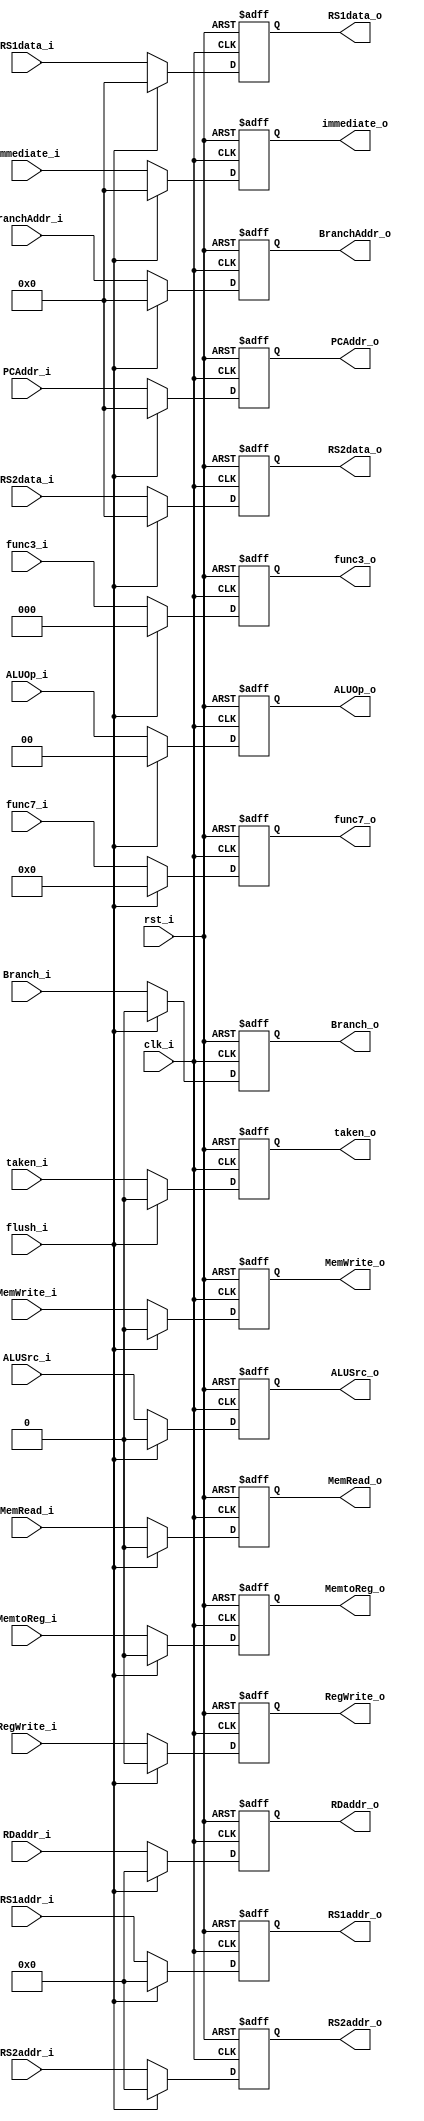
module ID_EX_Register
(   
    flush_i,
    taken_i,
    Branch_i,
    BranchAddr_i,
    PCAddr_i,
    clk_i,
    rst_i,
    RegWrite_i,
    MemtoReg_i,
    MemRead_i,
    MemWrite_i,
    ALUOp_i,
    ALUSrc_i,
    RS1data_i,
    RS2data_i,
    immediate_i,
    func7_i,
    func3_i,
    RS1addr_i,
    RS2addr_i,
    RDaddr_i,
    RegWrite_o,
    MemtoReg_o,
    MemRead_o,
    MemWrite_o,
    ALUOp_o,
    ALUSrc_o,
    RS1data_o,
    RS2data_o,
    immediate_o,
    func7_o,
    func3_o,
    RS1addr_o,
    RS2addr_o,
    RDaddr_o,
    taken_o,
    Branch_o,
    BranchAddr_o,
    PCAddr_o,
);

input flush_i;
input taken_i;
input Branch_i;
input [31:0] BranchAddr_i;
input [31:0] PCAddr_i;
input clk_i;
input rst_i;
input RegWrite_i;
input MemtoReg_i;
input MemRead_i;
input MemWrite_i;
input [1:0] ALUOp_i;
input ALUSrc_i;
input [31:0] RS1data_i;
input [31:0] RS2data_i;
input [31:0] immediate_i;
input [6:0] func7_i;
input [2:0] func3_i;
input [4:0] RS1addr_i;
input [4:0] RS2addr_i;
input [4:0] RDaddr_i;
output RegWrite_o;
output MemtoReg_o;
output MemRead_o;
output MemWrite_o;
output [1:0] ALUOp_o;
output ALUSrc_o;
output [31:0] RS1data_o;
output [31:0] RS2data_o;
output [31:0] immediate_o;
output [6:0] func7_o;
output [2:0] func3_o;
output [4:0] RS1addr_o;
output [4:0] RS2addr_o;
output [4:0] RDaddr_o;
output taken_o;
output Branch_o;
output [31:0] BranchAddr_o;
output [31:0] PCAddr_o;

reg RegWrite_o;
reg MemtoReg_o;
reg MemRead_o;
reg MemWrite_o;
reg [1:0] ALUOp_o;
reg ALUSrc_o;
reg [31:0] RS1data_o;
reg [31:0] RS2data_o;
reg [31:0] immediate_o;
reg [6:0] func7_o;
reg [2:0] func3_o;
reg [4:0] RS1addr_o;
reg [4:0] RS2addr_o;
reg [4:0] RDaddr_o;
reg taken_o;
reg Branch_o;
reg [31:0] BranchAddr_o;
reg [31:0] PCAddr_o;

always @(posedge clk_i or negedge rst_i) begin
    if (~rst_i) begin
        RegWrite_o <= 0;
        MemtoReg_o <= 0;
        MemRead_o <= 0;
        MemWrite_o <= 0;
        ALUOp_o <= 0;
        ALUSrc_o <= 0;
        RS1data_o <= 0;
        RS2data_o <= 0;
        immediate_o <= 0;
        func7_o <= 0;
        func3_o <= 0;
        RS1addr_o <= 0;
        RS2addr_o <= 0;
        RDaddr_o <= 0;
        taken_o <= 0;
        Branch_o <= 0;
        BranchAddr_o <= 0;
        PCAddr_o <= 0;

    end
    else if (flush_i) begin
        RegWrite_o <= 0;
        MemtoReg_o <= 0;
        MemRead_o <= 0;
        MemWrite_o <= 0;
        ALUOp_o <= 0;
        ALUSrc_o <= 0;
        RS1data_o <= 0;
        RS2data_o <= 0;
        immediate_o <= 0;
        func7_o <= 0;
        func3_o <= 0;
        RS1addr_o <= 0;
        RS2addr_o <= 0;
        RDaddr_o <= 0;
        taken_o <= 0;
        Branch_o <= 0;
        BranchAddr_o <= 0;
        PCAddr_o <= 0;
        
    end
    else begin
        RegWrite_o <= RegWrite_i;
        MemtoReg_o <= MemtoReg_i;
        MemRead_o <= MemRead_i;
        MemWrite_o <= MemWrite_i;
        ALUOp_o <= ALUOp_i;
        ALUSrc_o <= ALUSrc_i;
        RS1data_o <= RS1data_i;
        RS2data_o <= RS2data_i;
        immediate_o <= immediate_i;
        func7_o <= func7_i;
        func3_o <= func3_i;
        RS1addr_o <= RS1addr_i;
        RS2addr_o <= RS2addr_i;
        RDaddr_o <= RDaddr_i;
        taken_o <= taken_i;
        Branch_o <= Branch_i;
        BranchAddr_o <= BranchAddr_i;
        PCAddr_o <= PCAddr_i;
        
    end
end

endmodule